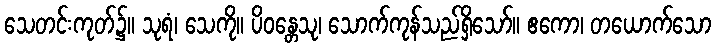
သေတင်းကုတ်၌။ သုရံ၊ သေကို။ ပိဝန္တေသု၊ သောက်ကုန်သည်ရှိသော်။ ဧကော၊ တယောက်သော